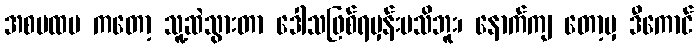
အစပထမ ကတော့ သူ့ဆဲသွားတာ ဒေါသဖြစ်ရမှန်းမသိဘူး၊ နောက်ကျ တော့မှ ဒီကောင်